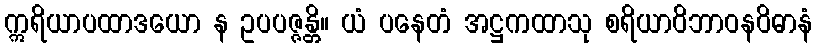
ဣရိယာပထာဒယော န ဥပပဇ္ဇန္တိ။ ယံ ပနေတံ အဋ္ဌကထာသု စရိယာဝိဘာဝနဝိဓာနံ